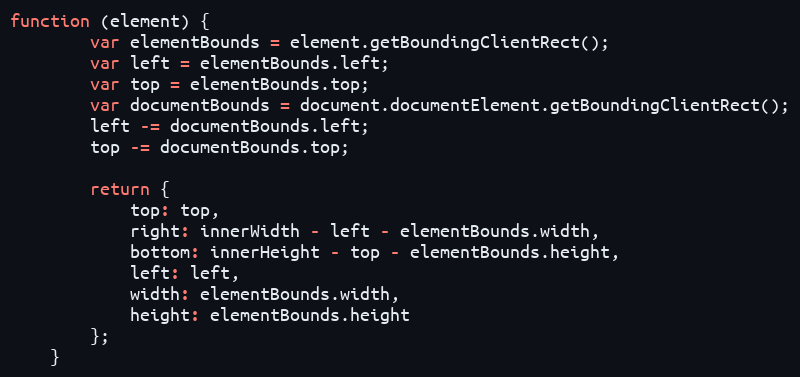
Language: JavaScript
function (element) {
		var elementBounds = element.getBoundingClientRect();
		var left = elementBounds.left;
		var top = elementBounds.top;
		var documentBounds = document.documentElement.getBoundingClientRect();
		left -= documentBounds.left;
		top -= documentBounds.top;

		return {
			top: top,
			right: innerWidth - left - elementBounds.width,
			bottom: innerHeight - top - elementBounds.height,
			left: left,
			width: elementBounds.width,
			height: elementBounds.height
		};
	}